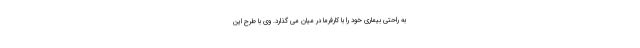
به راحتی بیماری خود را با کارفرما در میان می گذارد. وی با طرح این